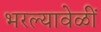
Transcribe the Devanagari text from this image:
भरल्यावेळीं